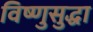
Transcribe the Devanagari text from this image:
विष्णुसुद्धा